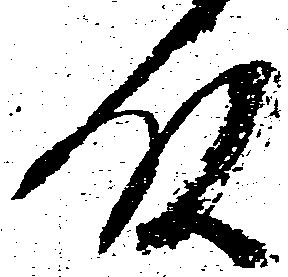
殿